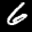
Label: 6